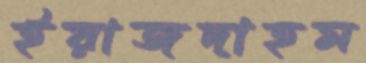
ইয়াজদাহম